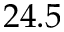
2 4 . 5